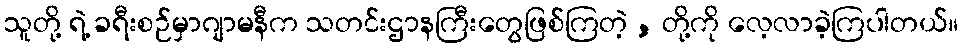
သူတို့ ရဲ့ ခရီးစဉ်မှာဂျာမနီက သတင်းဌာနကြီးတွေဖြစ်ကြတဲ့ , တို့ကို လေ့လာခဲ့ကြပါတယ်။